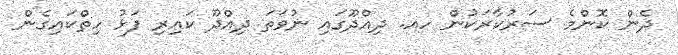
ދެން ކޮންމެ ސަރުކާރަކުން ހއ. ދިއްދޫގައި ނުވަތަ ދިއްދޫ ކައިރި ފަޅު ހިތްކައިގެން